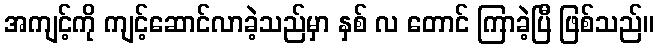
အကျင့်ကို ကျင့်ဆောင်လာခဲ့သည်မှာ နှစ် လ တောင် ကြာခဲ့ပြီ ဖြစ်သည်။